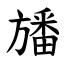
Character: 旙